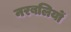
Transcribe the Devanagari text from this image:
नरबलियों